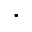
\cdot